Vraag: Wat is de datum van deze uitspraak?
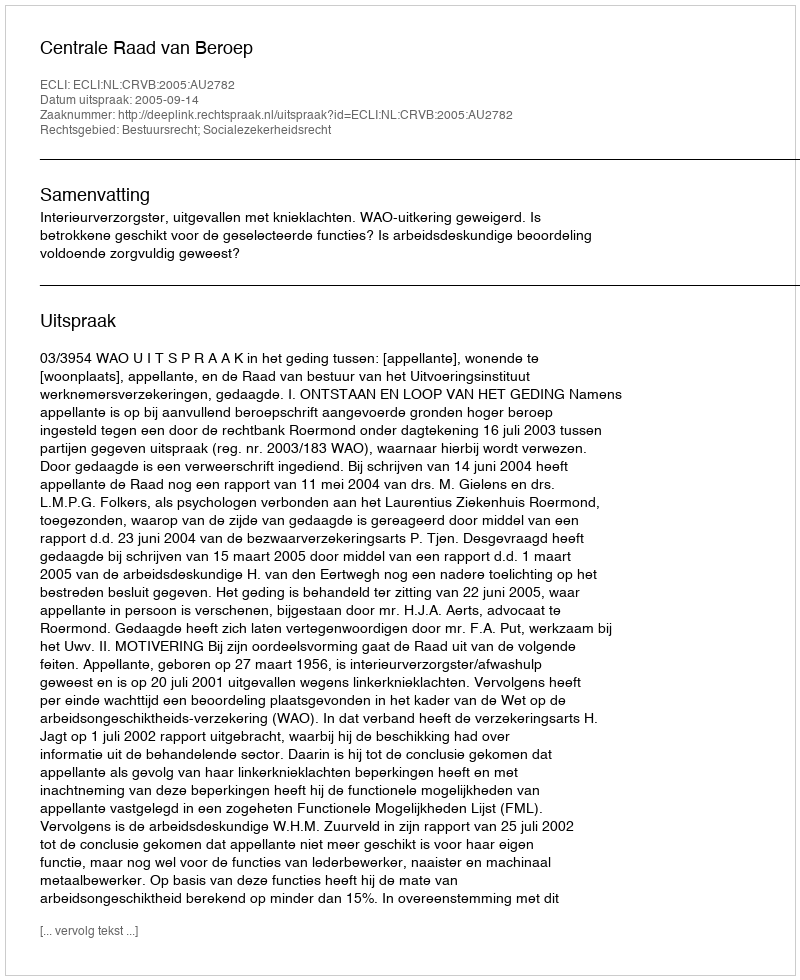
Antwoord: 2005-09-14